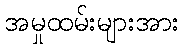
အမှုထမ်းများအား